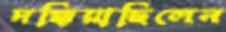
দগ্ধিয়াছিলেন